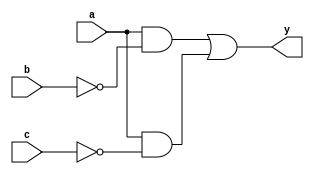


module and_gates ( a, b, c, y);
  
  

  input  a, b, c;  
 
  output  y;
 
  assign y = ( a & ~b ) | ( a & ~c);
  
  
endmodule